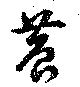
農